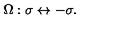
\Omega : \sigma \leftrightarrow - \sigma .